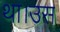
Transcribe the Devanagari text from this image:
था।उस